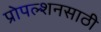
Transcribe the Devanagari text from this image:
प्रोपल्शनसाठी